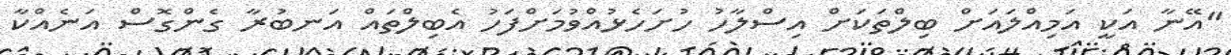
"އޭނާ އަކީ އަމިއްލައަށް ބިލްތަކަށް އިސްލާހު ހުށަހެޅުއްވުމަށްފަހު އެބިލްތައް އަނބުރާ ގެންގޮސް އަނެއްކާ